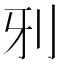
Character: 𠚾